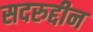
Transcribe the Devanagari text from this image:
सदरुद्दीन